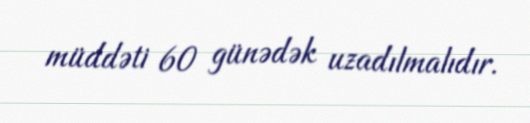
müddəti 60 günədək uzadılmalıdır.